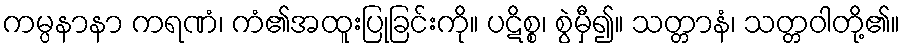
ကမ္ပနာနာ ကရဏံ၊ ကံ၏အထူးပြုခြင်းကို။ ပဋိစ္စ၊ စွဲမှီ၍။ သတ္တာနံ၊ သတ္တဝါတို့၏။